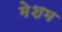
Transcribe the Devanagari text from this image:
मेशम